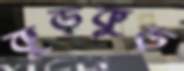
কুড়কুড়